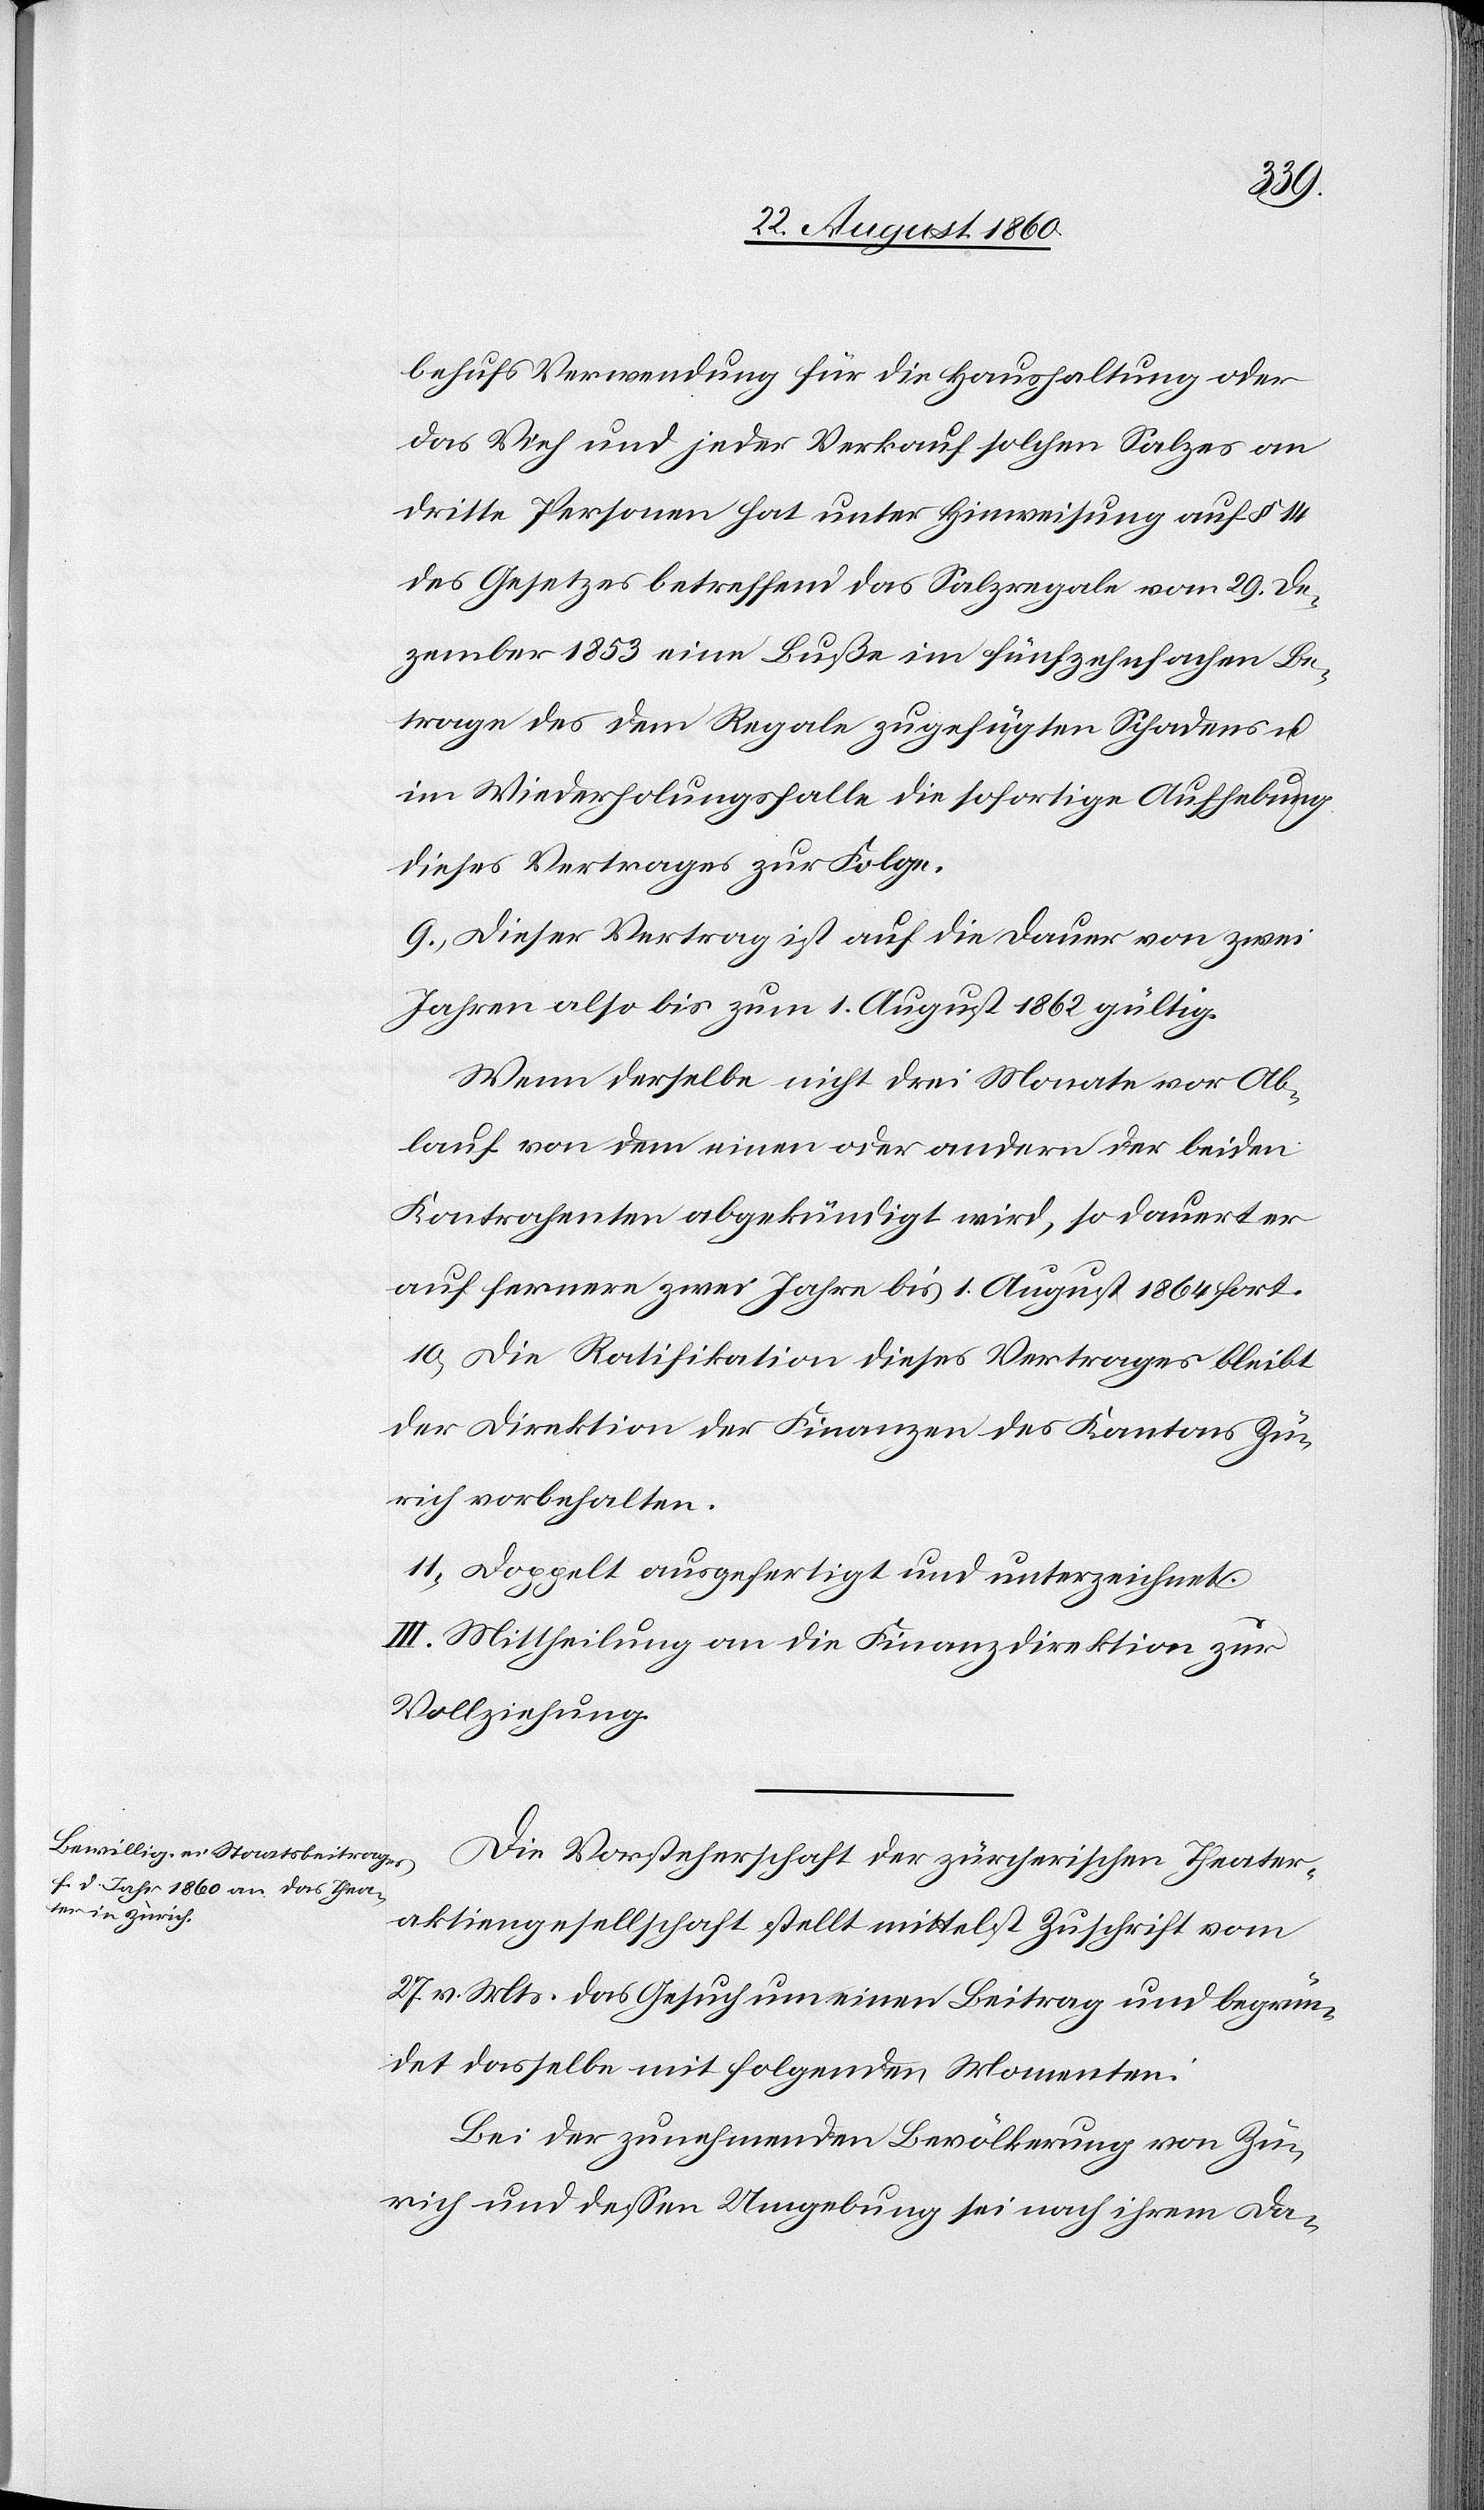
llschaft
behufs Verwendung für die Haushaltung oder
das Vieh und jeder Verkauf solchen Salzes an
dritte Personen hat unter Hinweisung auf §. 14
des Gesetzes betreffend das Salzregale vom 29st De¬
zember 1853 eine Busse im fünfzehnfachen Be¬
trage des dem Regale zugefügten Schadens und
im Wiederholungsfalle die sofortige Aufhebung
dieses Vertrages zur Folge.
9. Dieser Vertrag ist auf die Dauer von zwei
Jahren, also bis zum 1. August 1862 gültig.
Wenn derselbe nicht drei Monate vor Ab¬
lauf von dem einen oder andern der beiden
Kontrahenten abgekündigt wird, so dauert er
auf fernere zwei Jahre, bis 1. August 1864 fort.
10. Die Ratifikation dieses Vertrages bleibt
der Direktion der Finanzen des Kantons Zü¬
rich vorbehalten.
11. Doppelt ausgefertigt und unterzeichnet.
III. Mittheilung an die Finanzdirektion zur
Vollziehung.
Die Vorsteherschaft der zürcherischen Theater¬
27. v. Mts. das Gesuch um einen Beitrag und begrün¬
det dasselbe mit folgenden Momenten:
Bei der zunehmenden Bevölkerung von Zü¬
rich und dessen Umgebung sei nach ihrem da-